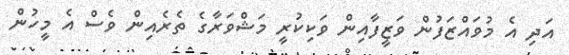
އަދި އެ މުވައްޒަފުން ވަޒީފާއިން ވަކިކުރީ މަޝްވަރާގެ ތެރެއިން ވެސް އެ މީހުން